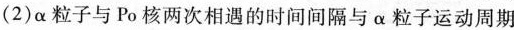
（2）\alpha 粒子与 Po 核两次相遇的时间间隔与 \alpha 粒子运动周期